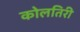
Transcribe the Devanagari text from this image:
कोलतिरी